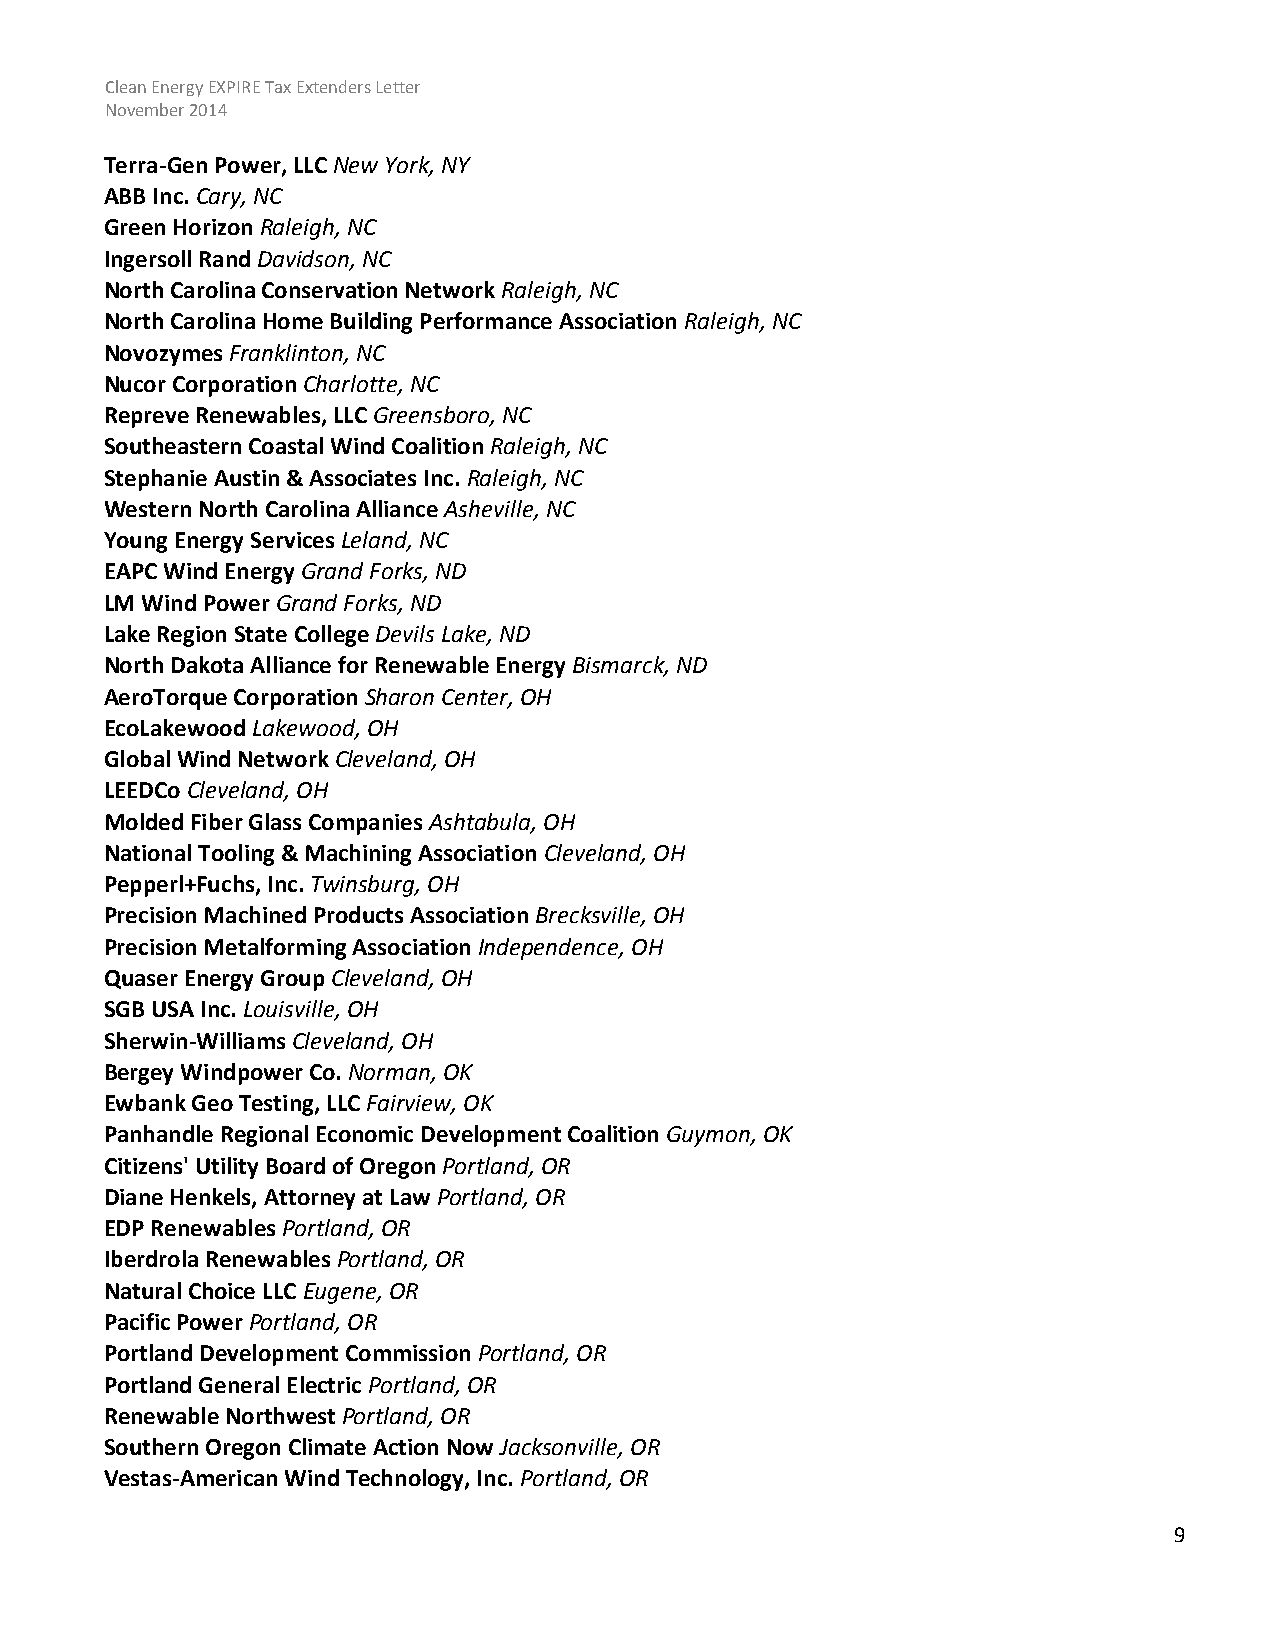
Clean Energy EXPIRE Tax Extenders Letter
 November 2014
 Terra-Gen Power, LLC New York, NY
 ABB Inc. Cary, NC
 Green Horizon Raleigh, NC
 Ingersoll Rand Davidson, NC
 North Carolina Conservation Network Raleigh, NC
 North Carolina Home Building Performance Association Raleigh, NC
 Novozymes Franklinton, NC
 Nucor Corporation Charlotte, NC
 Repreve Renewables, LLC Greensboro, NC
 Southeastern Coastal Wind Coalition Raleigh, NC
 Stephanie Austin & Associates Inc. Raleigh, NC
 Western North Carolina Alliance Asheville, NC
 Young Energy Services Leland, NC
 EAPC Wind Energy Grand Forks, ND
 LM Wind Power Grand Forks, ND
 Lake Region State College Devils Lake, ND
 North Dakota Alliance for Renewable Energy Bismarck, ND
 AeroTorque Corporation Sharon Center, OH
 EcoLakewood Lakewood, OH
 Global Wind Network Cleveland, OH
 LEEDCo Cleveland, OH
 Molded Fiber Glass Companies Ashtabula, OH
 National Tooling & Machining Association Cleveland, OH
 Pepperl+Fuchs, Inc. Twinsburg, OH
 Precision Machined Products Association Brecksville, OH
 Precision Metalforming Association Independence, OH
 Quaser Energy Group Cleveland, OH
 SGB USA Inc. Louisville, OH
 Sherwin-Williams Cleveland, OH
 Bergey Windpower Co. Norman, OK
 Ewbank Geo Testing, LLC Fairview, OK
 Panhandle Regional Economic Development Coalition Guymon, OK
 Citizens' Utility Board of Oregon Portland, OR
 Diane Henkels, Attorney at Law Portland, OR
 EDP Renewables Portland, OR
 Iberdrola Renewables Portland, OR
 Natural Choice LLC Eugene, OR
 Pacific Power Portland, OR
 Portland Development Commission Portland, OR
 Portland General Electric Portland, OR
 Renewable Northwest Portland, OR
 Southern Oregon Climate Action Now Jacksonville, OR
 Vestas-American Wind Technology, Inc. Portland, OR
 9